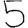
Digit: 5